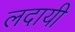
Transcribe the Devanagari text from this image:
लदायी